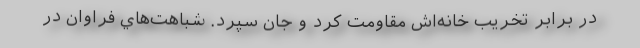
در برابر تخريب خانه‌اش مقاومت كرد و جان سپرد. شباهت‌هاي فراوان در